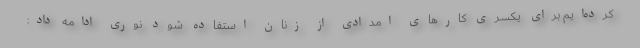
کرده‌ایم برای یکسری کارهای امدادی از زنان استفاده شود نوری ادامه داد: